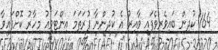
164 ކުދިން ބައިވެރިވެފައި ވާއިރު އެ ކުދިންނާ ފުރަތަމަ އިންޓަވިއު މިހާރު ކޮށްފައިވާ